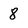
Character: 8